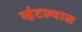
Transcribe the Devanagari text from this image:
म्हंटल्यास